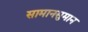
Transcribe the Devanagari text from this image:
सामानसुमान